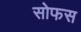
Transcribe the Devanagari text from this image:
सोफस